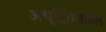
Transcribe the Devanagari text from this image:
अध्ािकांश